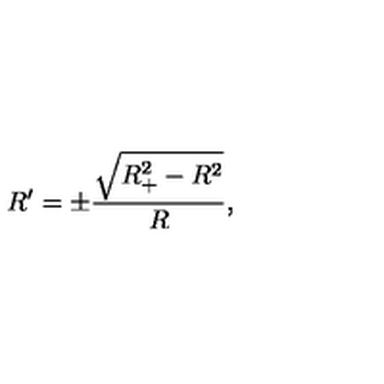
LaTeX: R ^ { \prime } = \pm \frac { \sqrt { R _ { + } ^ { 2 } - R ^ { 2 } } } { R } ,